Civil Veterinary Department Bihar & Orissa reports 1929-36 - 1929-1936
Year: 1929
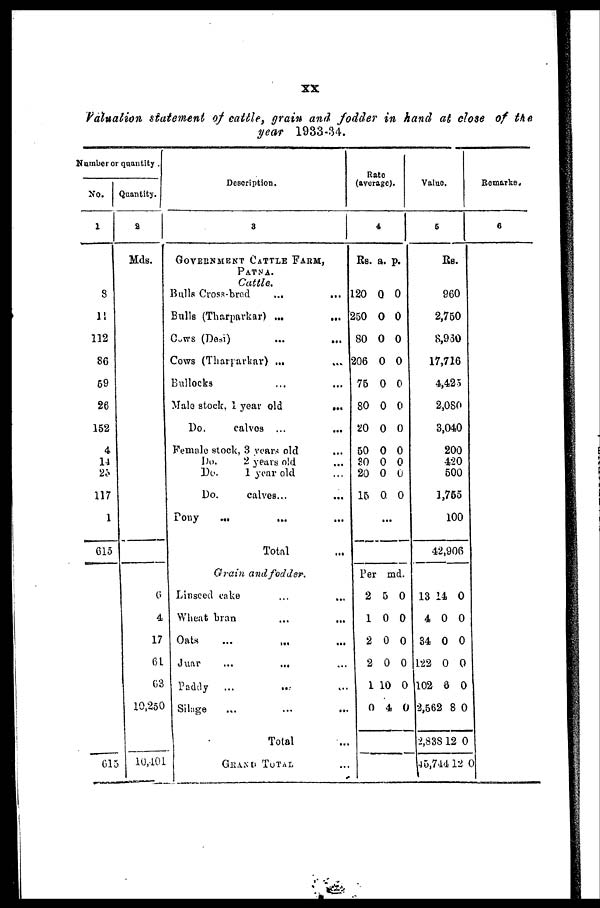
XX
Valuation statement of cattle, grain and fodder in hand at close of the
year 1933-34.
Number or quantity.
No.
1
8
11
112
86
69
26
152
4
14
23
117
1
613
613
Quantity.
a
Mds.
6
4
17
61
63
10,250
10,401
Description.
8
GOVERNMENT CATTLE FARM,
PATNA.
Cattle.
Bulls Cross-bred
...
...
Bulls (Tharparkar) ... ...
Cows (Desi)
...
...
Cows (Tharparkar) ... ...
Bullocks ... ...
Male stock, 1 year old
...
Do.
calves ...
...
Female stock, 3 years old ...
Do.
2 years old ...
Do.
1 year old ...
Do.
calves... ...
Pony
...
... ...
Total ...
Grain and fodder.
Linseed cake ... ...
Wheat bran ... ...
Oats ... ... ...
Juar
...
... ...
Paddy ...
Silage ... ... ...
Total ...
GRAND TOTAL ...
Rate
(average).
4
Rs. a. p.
120 0 0
250 0 0
80 0 0
206 0 0
75 0 0
80 0 0
20 0 0
50 0 0
80 0 0
20 0 0
15 0 0
...
Per md.
2 5 0
1 0 0
2 0 0
2 0 0
1 10 0
0 4 0
Value.
6
Rs.
960
2,750
8,930
17,716
4,425
2,080
3,040
200
420
500
1,755
100
42,906
13 14 0
4 0 0
34 0 0
122 0 0
102 8 0
2,562 8 0
2,838 12 0
45,744 12 0
Remarks.
6